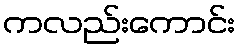
ကလည်းကောင်း